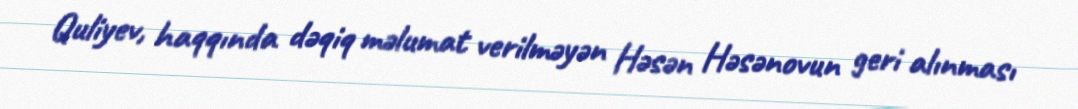
Quliyev, haqqında dəqiq məlumat verilməyən Həsən Həsənovun geri alınması